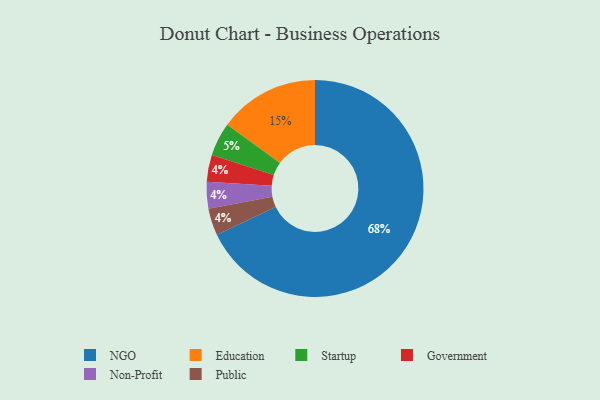
{"axis": {"x": "Category", "y": "Percentage"}, "legend": ["Education", "Government", "NGO", "Non-Profit", "Public", "Startup"], "data": [{"x": "NGO", "y": 68, "type": "NGO"}, {"x": "Education", "y": 15, "type": "Education"}, {"x": "Startup", "y": 5, "type": "Startup"}, {"x": "Government", "y": 4, "type": "Government"}, {"x": "Non-Profit", "y": 4, "type": "Non-Profit"}, {"x": "Public", "y": 4, "type": "Public"}]}